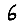
Digit: 6